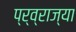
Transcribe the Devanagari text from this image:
प्र्व्राज्या